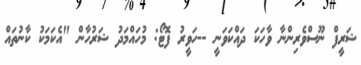
ޝަރީފް ނޫސްވެރިންނާ ވާހަކަ ދައްކަވަނީ --ހަވީރު ފޮޓޯ: މުހައްމަދު ޝަރުހާން "އެކަމަކު ކާނުތައް